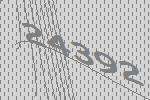
24392